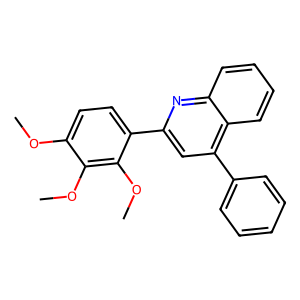
SMILES: COc1ccc(-c2cc(-c3ccccc3)c3ccccc3n2)c(OC)c1OC
Inhibits HIV replication: No